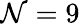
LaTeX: \mathcal{N}=9